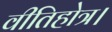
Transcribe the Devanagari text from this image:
वीतिहोत्र।